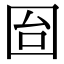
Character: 囼